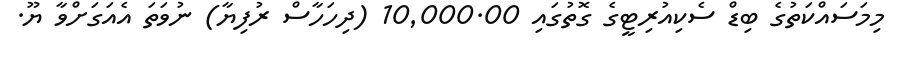
މިމަސައްކަތުގެ ބިޑް ސެކިއުރިޓީގެ ގޮތުގައި 10